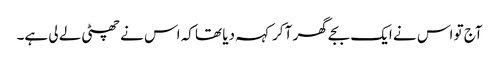
آج تو اس نے ایک بجے گھر آ کر کہہ دیا تھا کہ اس نے چھٹی لے لی ہے۔